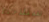
ستلاحظ